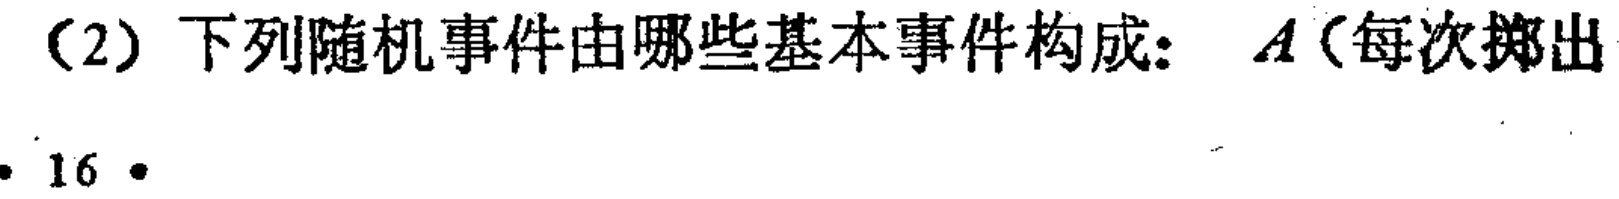
（2）下列随机事件由哪些基本事件构成：\(A\)（每次掷出
16